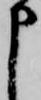
申